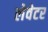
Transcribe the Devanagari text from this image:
लेवेटर